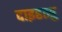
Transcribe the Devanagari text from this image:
दाइहत्सु